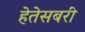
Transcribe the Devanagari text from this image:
हेतेसबरी